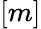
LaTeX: [m]